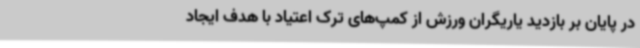
در پایان بر بازدید یاریگران ورزش از کمپ‌های ترک اعتیاد با هدف ایجاد